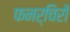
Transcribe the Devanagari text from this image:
फनर्चिरों